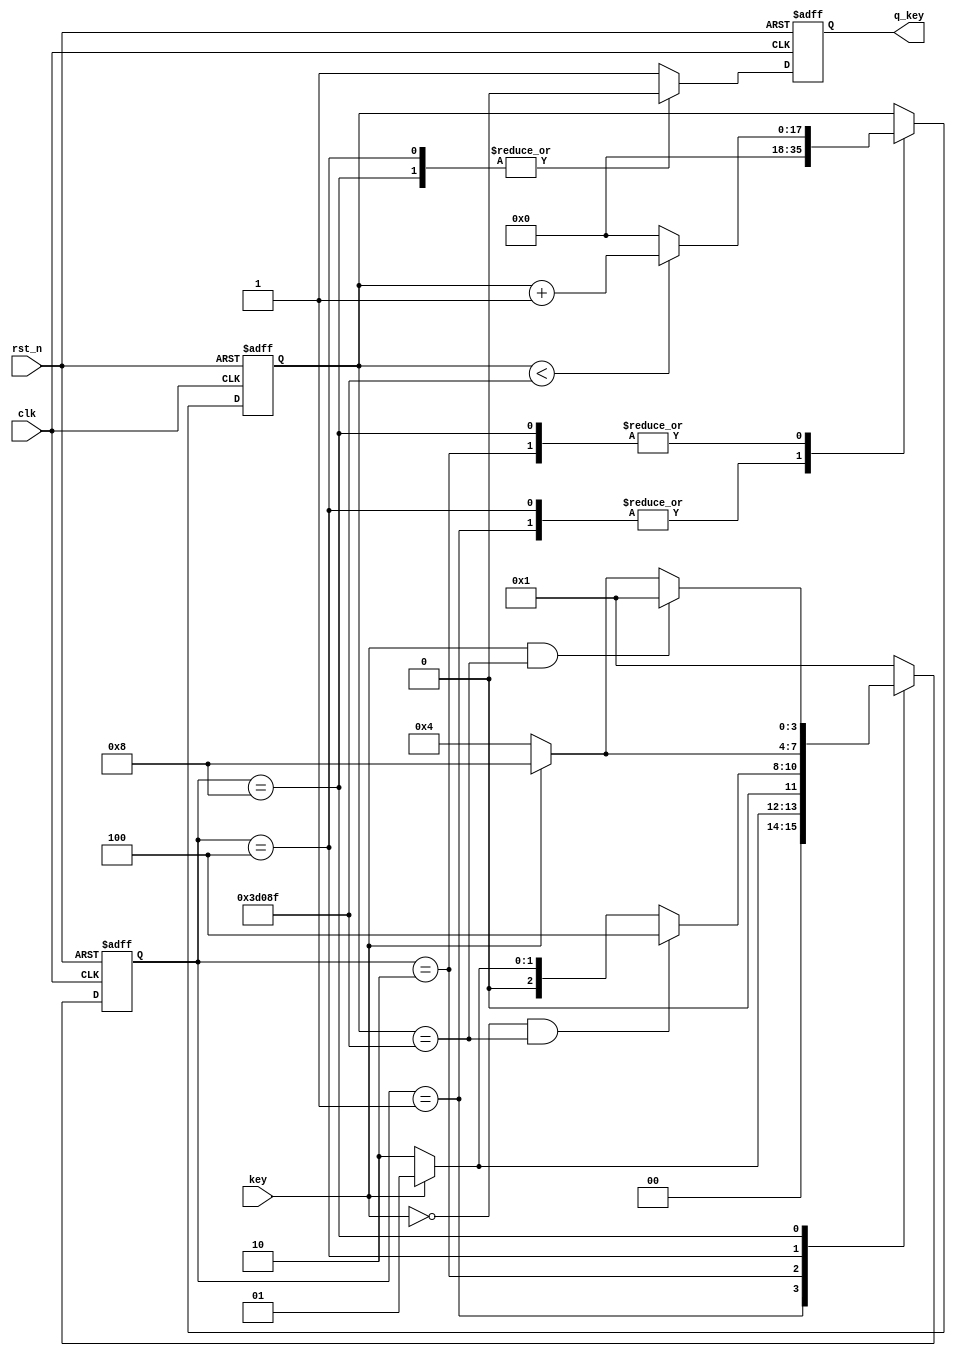
module key_filter(

				input		wire			clk,
				input		wire			rst_n,
				input		wire			key,
				output	reg			q_key
				
			);
	
	parameter T5MS = 18'd250_000;
	
	localparam S0  = 4'b0001;
	localparam S1  = 4'b0010;
	localparam S2  = 4'b0100;
	localparam S3  = 4'b1000;
	
	reg [3:0]	curr_st, next_st;
	
	reg [17:0]	cnt;
	
	always @(posedge clk or negedge rst_n)
	if(!rst_n)
		cnt <= 18'd0;
	else 
	case(curr_st)
		S0, S2	:						cnt <= 18'd0;
		S1, S3	:	if(cnt < T5MS - 1)	cnt <= cnt + 1'b1;
					else 				cnt <= 18'd0;
	endcase

	always @(posedge clk or negedge rst_n)
	if(!rst_n)	curr_st <= S0;
	else		curr_st <= next_st;
	
	always @(*)
	case(curr_st)
		S0	:	if(key == 1'b0)						next_st = S1;
				else								next_st = S0;
		S1	:	if(key == 1'b0 && cnt == T5MS - 1)	next_st = S2;
				else if(key == 1'b0)				next_st = S1;
				else 								next_st = S0;
		S2	:	if(key == 1'b1)						next_st = S3;
				else								next_st = S2;
		S3	:	if(key == 1'b1 && cnt == T5MS - 1)	next_st = S0;
				else if(key == 1'b1)				next_st = S3;
				else								next_st = S2;
		default	:	next_st = S0;
	endcase
	
	always @(posedge clk or negedge rst_n)
	if(!rst_n)
		q_key <= 1'b1;
	else 
	case(curr_st)
		S0, S1	:	q_key <= 1'b1;
		S2, S3	:	q_key <= 1'b0;
		default	:	q_key <= 1'b1;
	endcase
	
endmodule